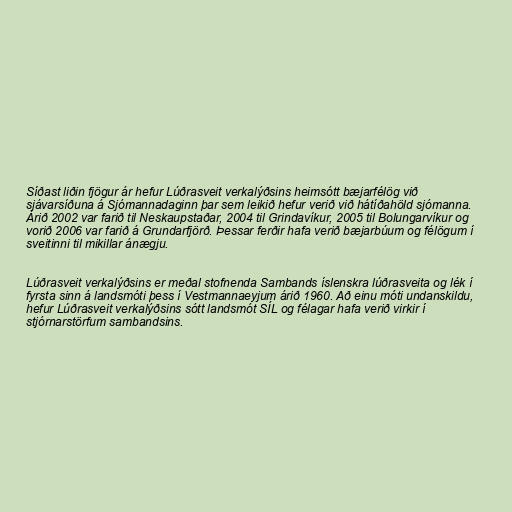
Síðast liðin fjögur ár hefur Lúðrasveit verkalýðsins heimsótt bæjarfélög við
sjávarsíðuna á Sjómannadaginn þar sem leikið hefur verið við hátíðahöld sjómanna.
Árið 2002 var farið til Neskaupstaðar, 2004 til Grindavíkur, 2005 til Bolungarvíkur og
vorið 2006 var farið á Grundarfjörð. Þessar ferðir hafa verið bæjarbúum og félögum í
sveitinni til mikillar ánægju.

Lúðrasveit verkalýðsins er meðal stofnenda Sambands íslenskra lúðrasveita og lék í
fyrsta sinn á landsmóti þess í Vestmannaeyjum árið 1960. Að einu móti undanskildu,
hefur Lúðrasveit verkalýðsins sótt landsmót SÍL og félagar hafa verið virkir í
stjórnarstörfum sambandsins.